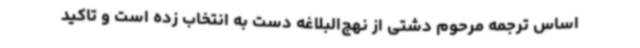
اساس ترجمه مرحوم دشتی از نهج‌البلاغه دست به انتخاب زده است و تاکید